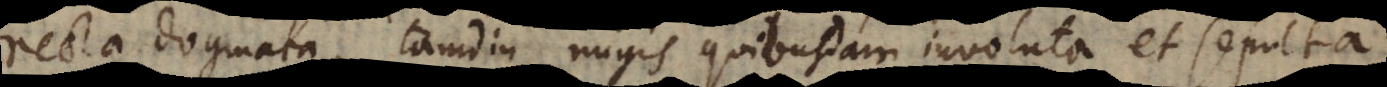
recta dogmata, tamdiu nugis quibusdam involuta sepulta